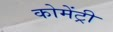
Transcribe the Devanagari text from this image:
कोमेंट्री